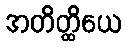
အတိတ္ထိယေ